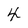
Character: 4